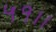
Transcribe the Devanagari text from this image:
५१।।